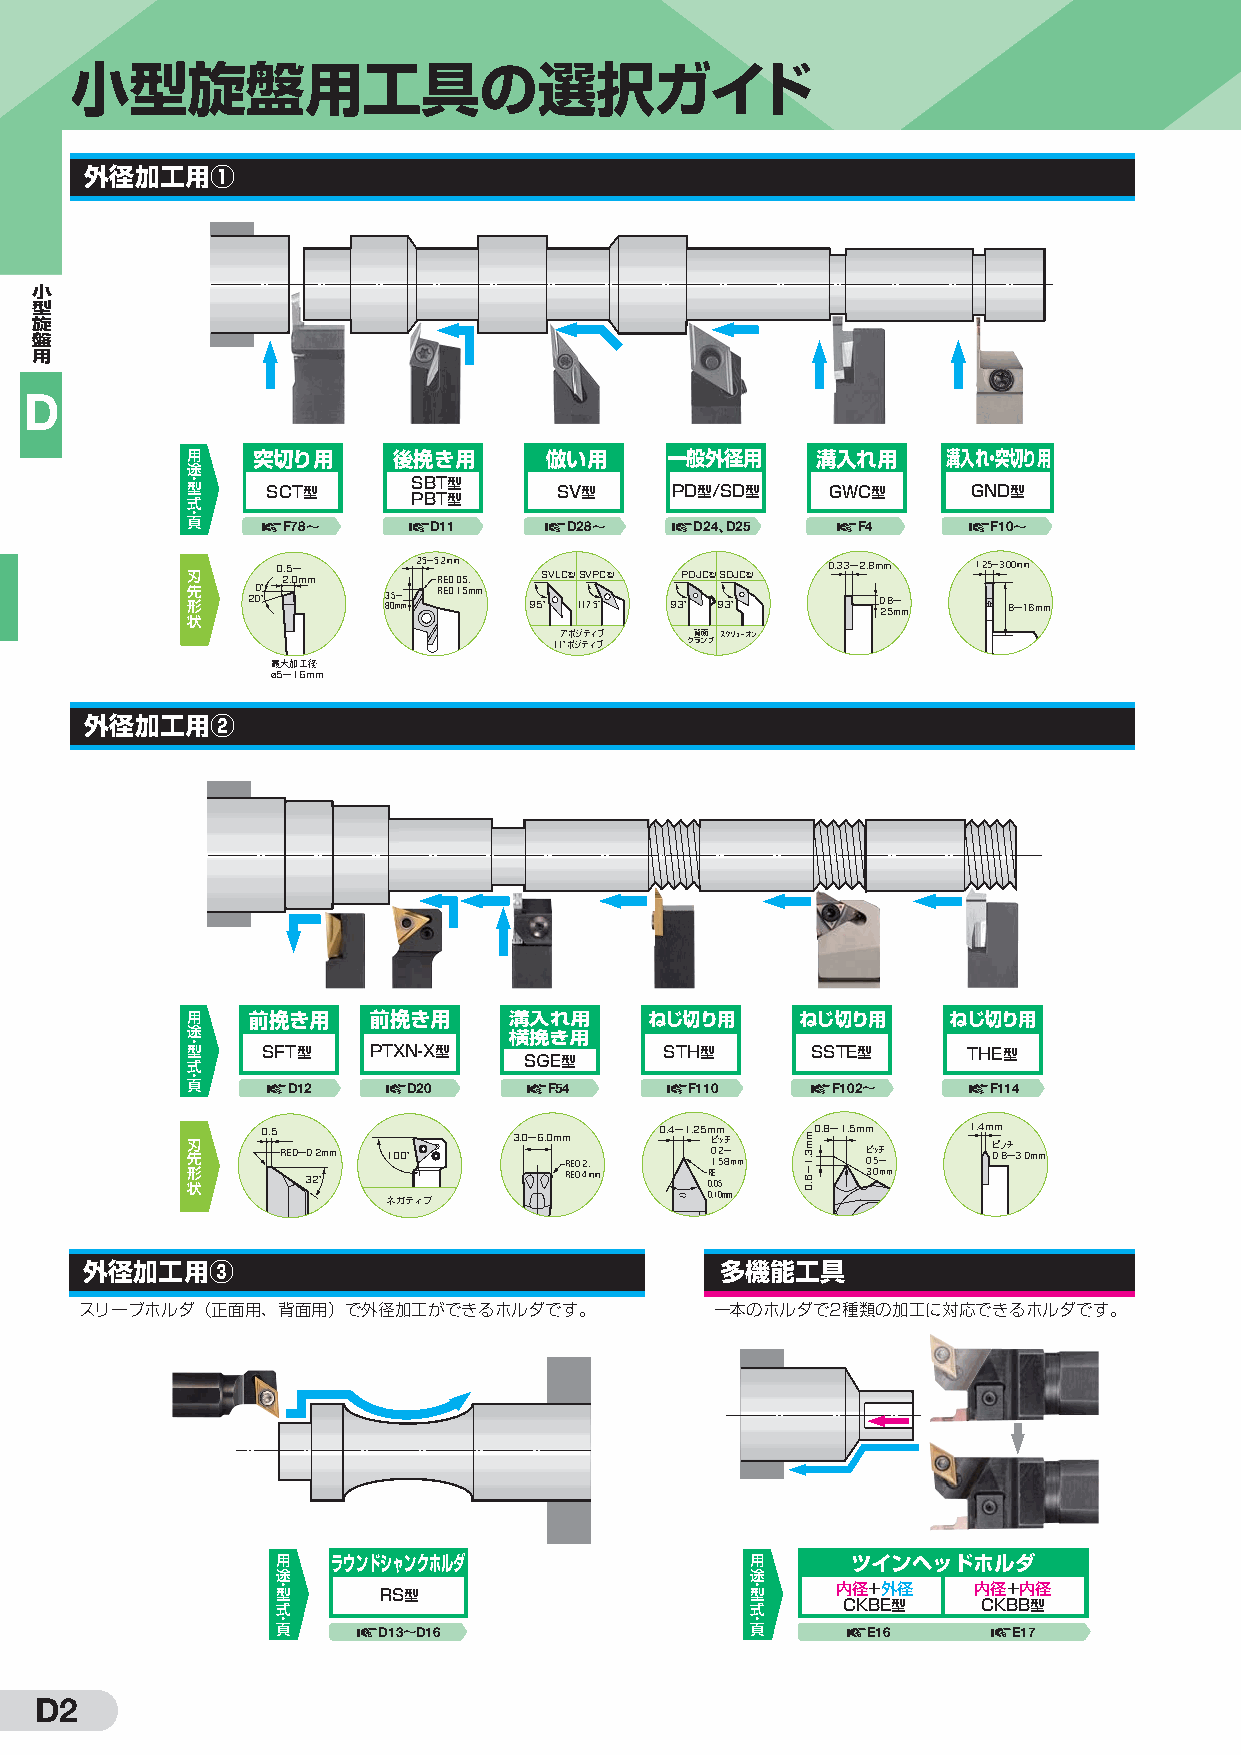
小型旋盤用工具の選択ガイド
 外径加工用①
 小
 型
 旋
 盤
 用
 D
 用    突切り用     後挽き用      倣い用     一般外径用     溝入れ用     溝入れ・突切り用
 途
 ・
 型
 式
 SCT型     S PB BT T型
 型
 SV型    PD型/SD型    GWC型     GND型
 ・
 頁      F78〜     D11      D28〜     D24、D25    F4       F10〜
 刃     0 2.5 .0〜 mm 2.5〜5 R.2 Em 0m .05､ SVLC型SVPC型 PDJC型SDJC型 0.33〜2.8mm 1.25〜3.00mm
 先 形 状 20 0° ° 3 8. .5 0〜 mm RE0.15mm 95° 117.5° 93° 93° 0 2. .8 5〜 mm 8〜16mm
 117 °° ポポ ジジ テテ ィィ ブブ ク背 ラランン面 ププスクリューオン
 最大加工径
 ø5〜16mm
 外径加工用②
 用   前挽き用    前挽き用      溝入れ用     ねじ切り用     ねじ切り用     ねじ切り用
 途
 ・                     横挽き用
 型    SFT型   PTXN-X型             STH型      SSTE型     THE型
 式                      ＳＧＥ型
 ・
 頁      D12     D20      F54       F110     F102〜     F114
 刃 先 形
 状
 0.5 RE0〜 30 2.2 °mm 100° 3.0〜6.0mm R RE E0 0. .2 4､ mm 0.4〜1.25m R 0ピ 0 1 E .0m . .ッ 52 5チ 〜 8mm 0.8〜1.5mm ピ 0 3. .ッ 5 0チ m〜 m 1.4m ピ 0m .ッ 8チ 〜3.0mm
 ネガティブ                0.10mm
 外径加工用③                                    多機能工具
 スリーブホルダ（正面用、背面用）で外径加工ができるホルダです。           一本のホルダで2種類の加工に対応できるホルダです。
 用用
 途
 ラウンドシャンクホルダ                 用
 途
 ツインヘッドホルダ
 途 ・・ 型 RS型                      ・ 型  内径+外径    内径+内径
 型式                              式     CKBE型    CKBB型
 ・                               ・
 頁      D13〜D16                  頁      E16       E17
 D2
 mm3.1〜6.0